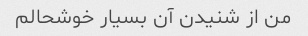
من از شنیدن آن بسیار خوشحالم